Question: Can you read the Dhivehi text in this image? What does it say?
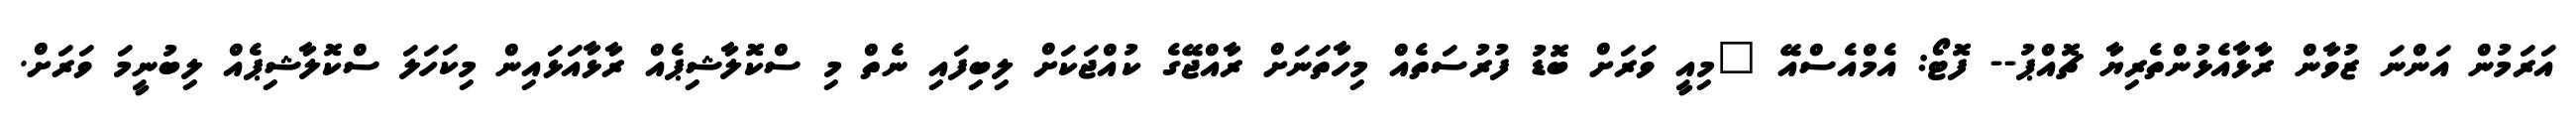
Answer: އަރަމުން އަންނަ ޒުވާން ރާޅާއެޅުންތެރިޔާ ޗޮއްޕު-- ފޮޓޯ: އެމްއެސްއޭ "މިއީ ވަރަށް ބޮޑު ފުރުސަތެއް މިހާތަނަށް ރާއްޖޭގެ ކުއްޖަކަށް ލިބިފައި ނެތް މި ސްކޮލާޝިޕެއް ރާޅާއަޅައިން މިކަހަލަ ސްކޮލާޝިޕެއް ލިބުނީމަ ވަރަށް.